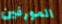
المورفين